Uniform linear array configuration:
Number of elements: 16
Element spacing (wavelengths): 0.5
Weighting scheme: hamming
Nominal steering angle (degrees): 30
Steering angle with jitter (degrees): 31.616
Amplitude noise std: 0.05
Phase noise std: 0.05

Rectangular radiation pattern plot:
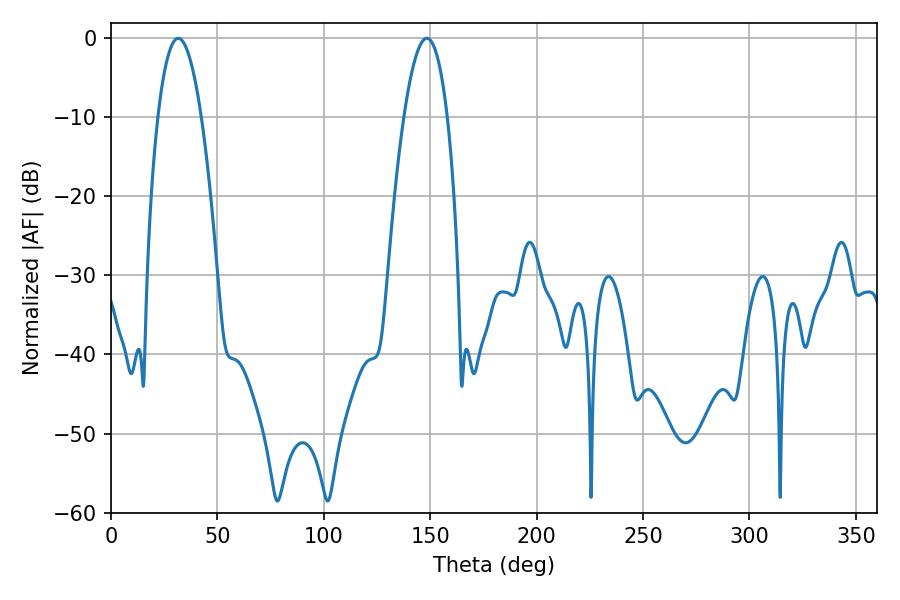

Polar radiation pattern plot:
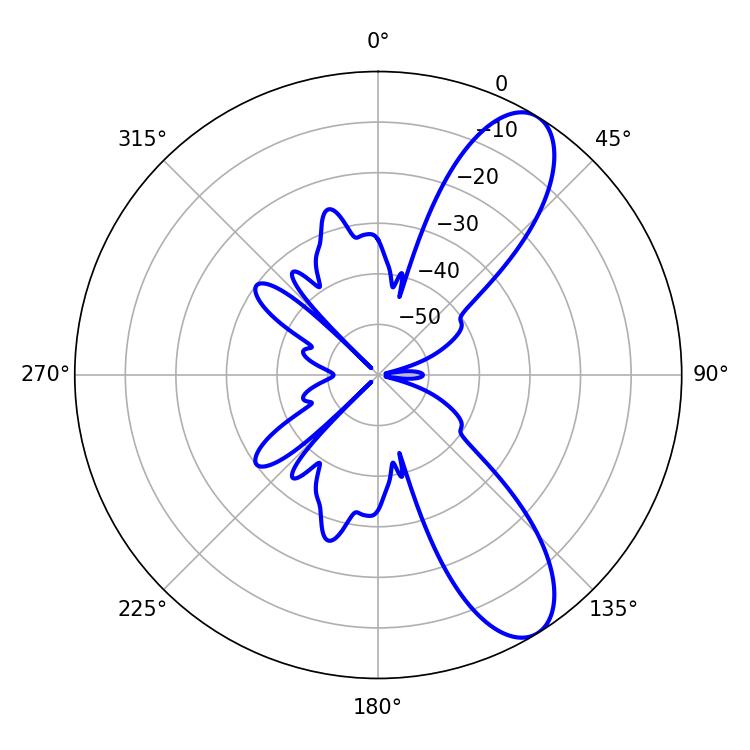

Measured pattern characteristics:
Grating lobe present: FALSE
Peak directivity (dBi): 9.554
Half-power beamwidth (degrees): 11.34
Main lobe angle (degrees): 31.68